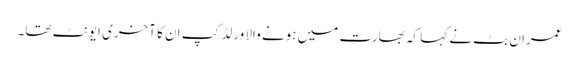
عمران بٹ نے کہا کہ بھارت میں ہونے والا ورلڈ کپ ان کا آخری ایونٹ تھا۔